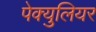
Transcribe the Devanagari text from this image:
पेक्युलियर